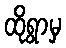
ထိုရွာမှ